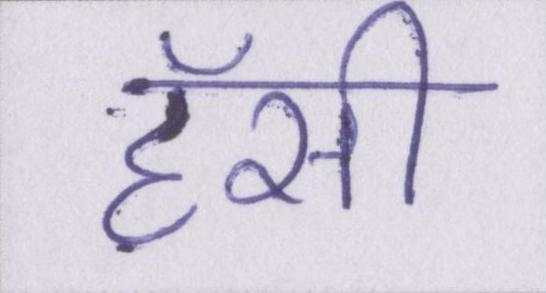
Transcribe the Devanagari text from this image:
हॅसी